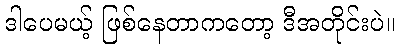
ဒါပေမယ့် ဖြစ်နေတာကတော့ ဒီအတိုင်းပဲ။